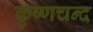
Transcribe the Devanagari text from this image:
कृष्णचन्द